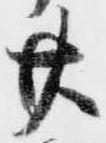
廿